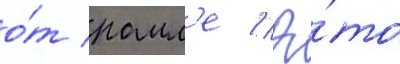
о́т рамл'е // Э́то